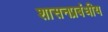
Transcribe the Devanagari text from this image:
शासनप्रबंधीय